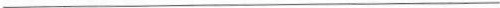
___